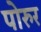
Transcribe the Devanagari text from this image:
पोरुर